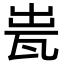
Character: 𤬼